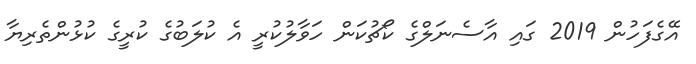
އޭގެފަހުން 2019 ގައި އާސެނަލްގެ ކޯޗުކަން ހަވާލުކުރީ އެ ކުލަބުގެ ކުރީގެ ކުޅުންތެރިޔާ